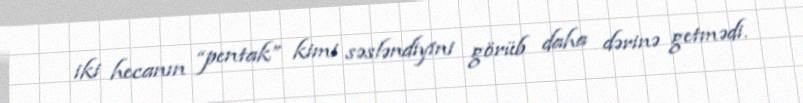
iki hecanın “pentak” kimi səsləndiyini görüb daha dərinə getmədi.